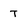
Character: T